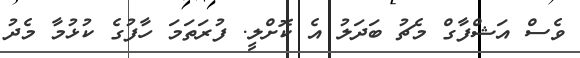
ވެސް އަޝްފާގް މެޗު ބަދަލު އެ ކޮށްލީ. ފުރަތަމަ ހާފުގެ ކުޅުމާ މެދު